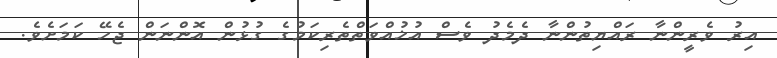
އިރު ވެރީންނާ ރައްޔިތުންނާ ދެމެދު ވެސް އުޚުއްވަތްތެރިކަމުގެ ގުޅުން އޮންނަން ޖެހޭ ކަމަށެވެ.